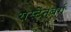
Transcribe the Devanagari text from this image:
रास्टेनबर्ग